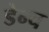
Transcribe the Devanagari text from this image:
डेन्च